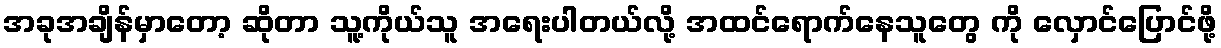
အခုအချိန်မှာတော့ ဆိုတာ သူ့ကိုယ်သူ အရေးပါတယ်လို့ အထင်ရောက်နေသူတွေ ကို လှောင်ပြောင်ဖို့